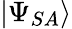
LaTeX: |\Psi_{SA}\rangle